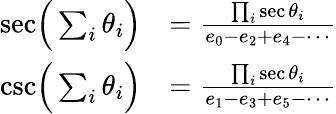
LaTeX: {\begin{array}{rl}{{\sec}{\Bigl(}\sum_{i}\theta_{i}{\Bigr)}}&{={\frac{\prod_{i}\sec\theta_{i}}{e_{0}-e_{2}+e_{4}-\cdots}}}\\ {{\csc}{\Bigl(}\sum_{i}\theta_{i}{\Bigr)}}&{={\frac{\prod_{i}\sec\theta_{i}}{e_{1}-e_{3}+e_{5}-\cdots}}}\end{array}}